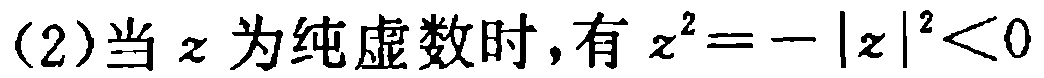
(2)当\(z\)为纯虚数时，有\(z^{2}=-|z|^{2}<0\)